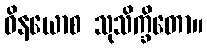
ဝိနယောစ သုသိက္ခိတော။